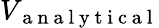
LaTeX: V_{\mathrm{~a~n~a~l~y~t~i~c~a~l~}}